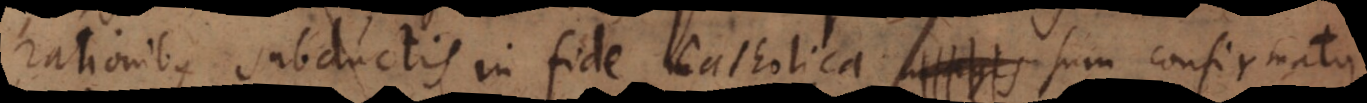
rationibus subductis in fide Catholica magis sum confirmatus,